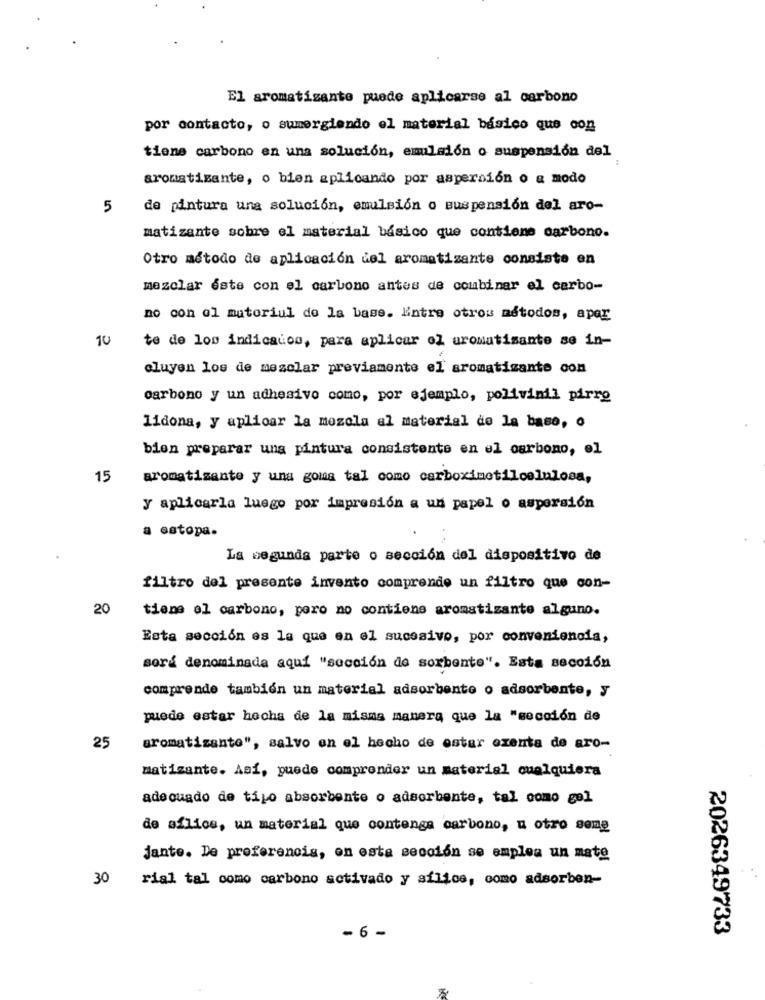
El aromatisanto puede aplicarse al carbono
por contacto, o sumergiendo el material básico que con
tiene carbono en una solución, emulsión o suspensión del
aromatizante, o bien aplicando por aspersión o a modo
5
de pintura una solución, emulsion o suspension del aro-
matizante sobre el material básico que contiene carbono.
Otro método de aplicación del aromatizante consiste en
mezclar este con el carbono antes de combinar el carbo-
no con el matoriul de la base. Entre otros métodos, apar
10
te de los indicados, para aplicar ol aromatisante se in-
cluyen los de mezclar previamente el aromatizante con
carbono y un adhesivo como, por ejemplo, polivinil pirro
lidona, y aplicar la mezcla al material de la base, o
bien preparar una pintura consistente en el carbono, el
15
aromatizante y una goma tal como carboximetilcelulosa,
y aplicarla luego por impresión a un papel o aspersión
a estopa.
La segunda parte o sección del dispositivo de
filtro del presente invento comprende un filtro que con-
20
tiene el carbono, pero no contiene aromatizante alguno.
Esta sección es la que en el sucesivo, por conveniencia,
será denominada aquí "sección de sorbente". Esta sección
comprende también un material adsorbente o adsorbente, y
puede estar hochs de la misma manera que la "sección de
25
aromatizante", salvo en el hecho de estar exenta de aro-
matizante. Así, puede comprender un material cualquiera
adecuado de tipo absorbente o adsorbente, tal como gel
de aflice, un material que contenga carbono, u otro some
jante. De preferencia, en esta sección se emplea un nate
30
rial tal como carbono activado y silice, como adsorben-
2026349733
- 6-